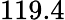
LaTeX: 119.4